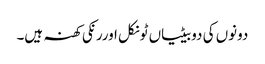
دونوں کی دوبیٹیاں ٹونکل اوررنکی کھنہ ہیں۔